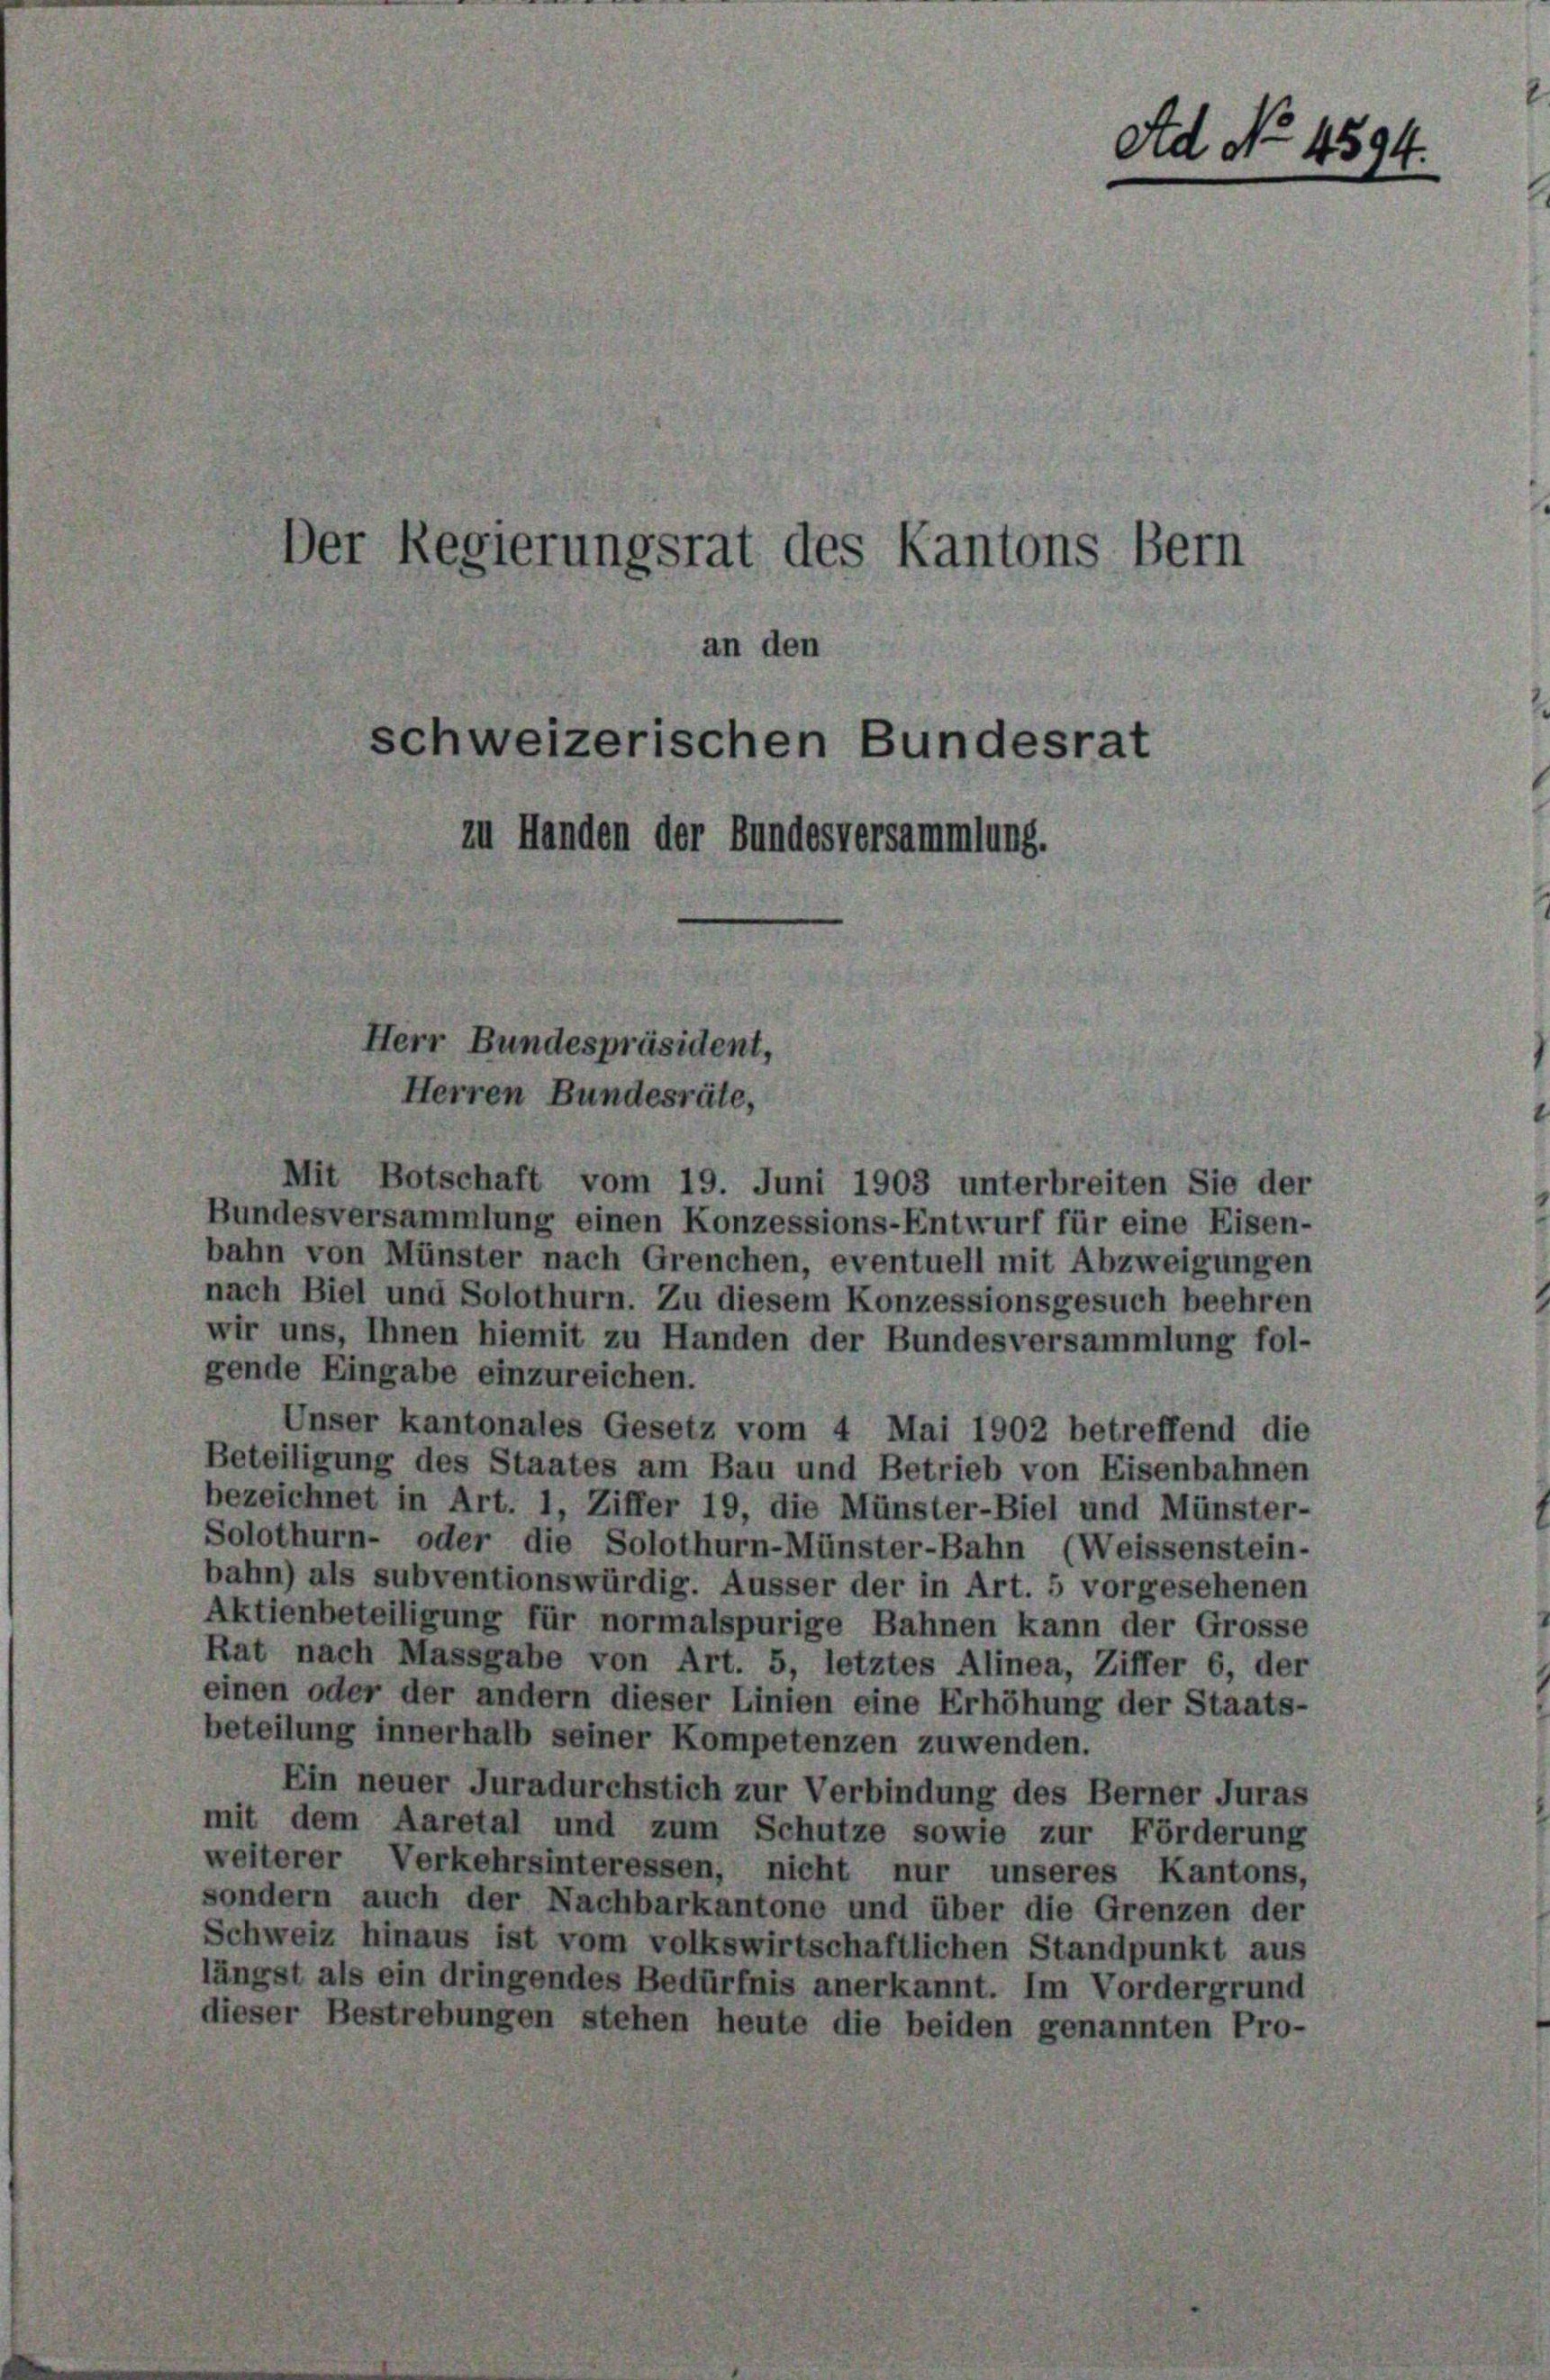
Der Regierungsrat des Kantons Bern
an den
schweizerischen Bundesrat
zu Handen der Bundesversammlung.

Herr Bundespräsident,
Herren Bundesräte,

Ad at- 4594.

Mit Botschaft vom 19. Juni 1903 unterbreiten Sie der
Bundesversammlung einen Konzessions-Entwurf für eine Eisen-
bahn von Münster nach Grenchen, eventuell mit Abzweigungen
nach Biel und Solothurn. Zu diesem Konzessionsgesuch beehren
wir uns, Ihnen hiemit zu Handen der Bundesversammlung fol-
gende Eingabe einzureichen.
Unser kantonales Gesetz vom 4 Mai 1902 betreffend die
Beteiligung des Staates am Bau und Betrieb von Eisenbahnen
bezeichnet in Art. 1, Ziffer 19, die Münster-Biel und Münster-
Solothurn- oder die Solothurn-Münster-Bahn (Weissenstein-
bahn) als subventionswürdig. Äusser der in Art. 5 vorgesehenen
Aktienbeteiligung für normalspurige Bahnen kann der Grosse
Rat nach Massgabe von Art. 5, letztes Alinea, Ziffer 6, der
einen oder der andern dieser Linien eine Erhöhung der Staats-
beteilung innerhalb seiner Kompetenzen zuwenden.
Ein neuer Juradurchstich zur Verbindung des Berner Juras
mit dem Aaretal und zum Schutze sowie zur Förderung
weiterer Verkehrsinteressen, nicht nur unseres Kantons,
sondern auch der Nachbarkantone und über die Grenzen der
Schweiz hinaus ist vom volkswirtschaftlichen Standpunkt aus
längst als ein dringendes Bedürfnis anerkannt. Im Vordergrund
dieser Bestrebungen stehen heute die beiden genannten Pro-